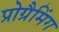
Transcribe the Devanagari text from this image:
प्रोग्रैमिंग